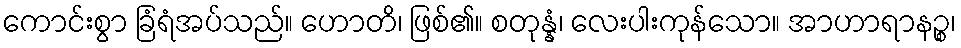
ကောင်းစွာ ခြံရံအပ်သည်။ ဟောတိ၊ ဖြစ်၏။ စတုန္နံ၊ လေးပါးကုန်သော။ အာဟာရာနဉ္စ၊